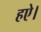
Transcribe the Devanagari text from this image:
हऐ।